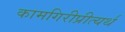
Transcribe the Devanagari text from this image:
कामगिरीप्रीत्यर्थ